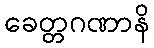
ခေတ္တဂဏာနိ